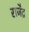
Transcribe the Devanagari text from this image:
राजे॑द्र